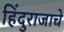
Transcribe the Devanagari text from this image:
हिंदुराजाचे